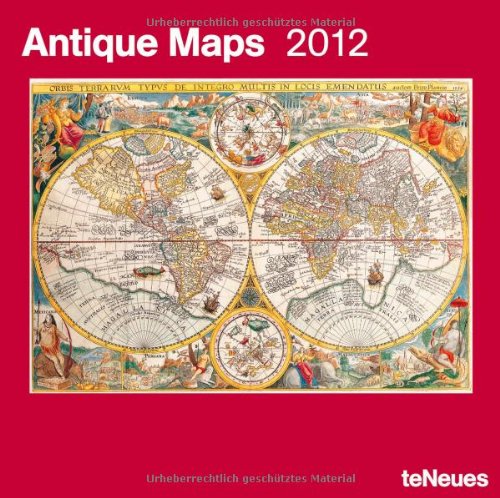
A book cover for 2012 Antique Maps Wall Calendar (English, German, French, Italian, Spanish and Dutch Edition); Calendars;